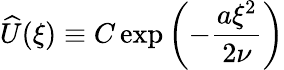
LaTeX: \widehat{U}(\xi)\equiv C\exp\left(-\frac{a\xi^{2}}{2\nu}\right)